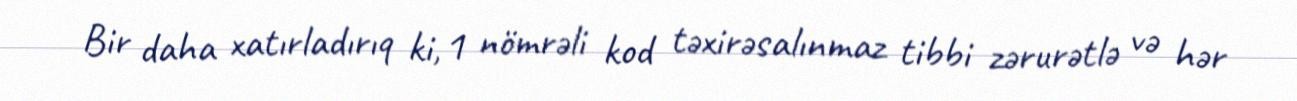
Bir daha xatırladırıq ki, 1 nömrəli kod təxirəsalınmaz tibbi zərurətlə və hər